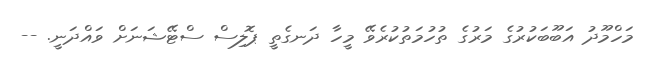
މަހްމޫދު އަބޫބަކުރުގެ މަރުގެ ތުހުމަތުކުރެވޭ މީހާ ދަނގެތީ ޕޮލިސް ސްޓޭޝަނަށް ވައްދަނީ. --